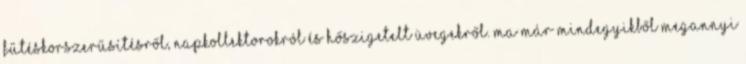
fűtéskorszerűsítésről, napkollektorokról és hőszigetelt üvegekről. Ma már mindegyikből megannyi